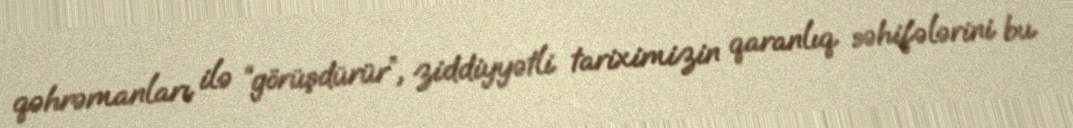
qəhrəmanları ilə “görüşdürür”, ziddiyyətli tariximizin qaranlıq səhifələrini bu